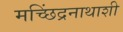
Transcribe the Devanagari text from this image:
मच्छिंद्रनाथाशी